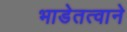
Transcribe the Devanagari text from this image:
भाडेतत्वाने